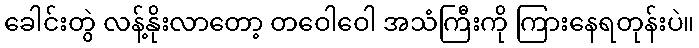
ခေါင်းတွဲ လန့်နိုးလာတော့ တဝေါဝေါ အသံကြီးကို ကြားနေရတုန်းပဲ။